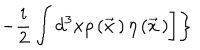
\left. \left. - \frac { i } { 2 } \int d ^ { 3 } x \rho \left( \vec { x } { \, } \right) \eta \left( \vec { x } { \, } \right) \right] \right\}